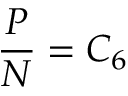
{ \frac { P } { N } } = C _ { 6 }